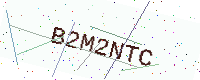
Text: B2M2NTC